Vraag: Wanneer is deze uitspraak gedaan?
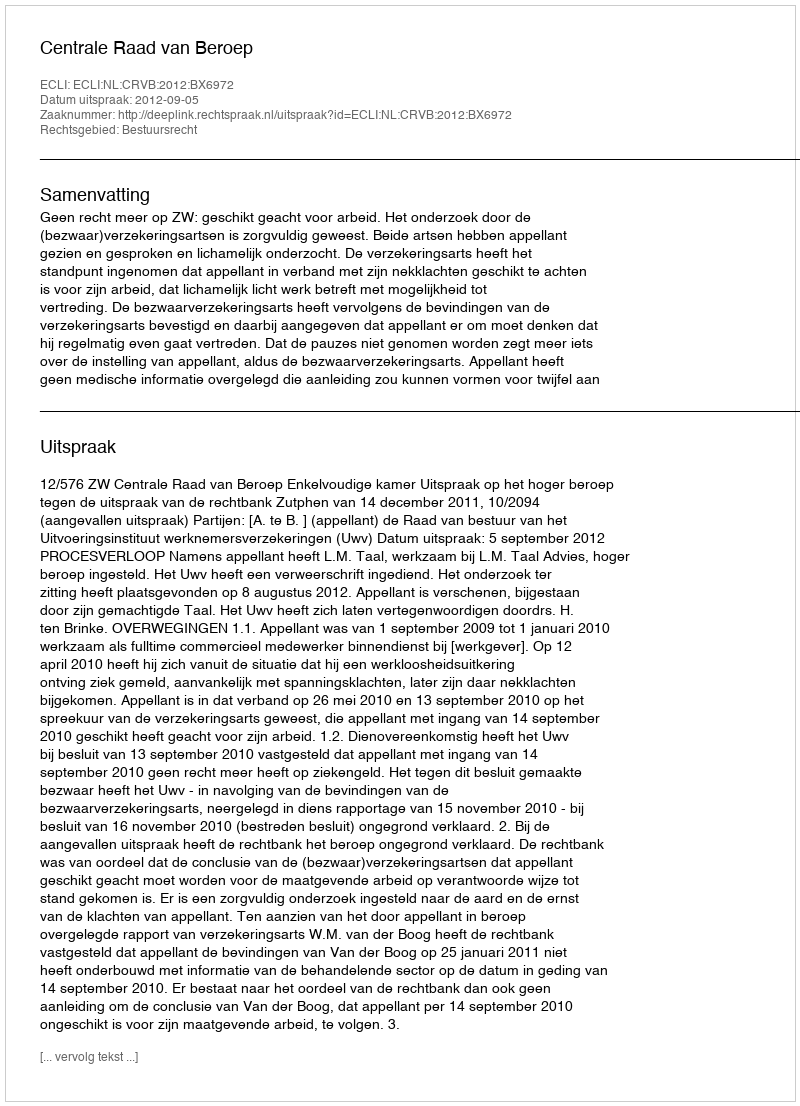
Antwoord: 2012-09-05